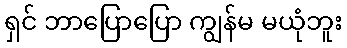
ရှင် ဘာပြောပြော ကျွန်မ မယုံဘူး